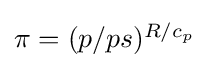
{\textstyle \pi =(p/ps)^{R/c_{p}}}